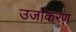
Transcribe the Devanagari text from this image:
उर्जाकरण